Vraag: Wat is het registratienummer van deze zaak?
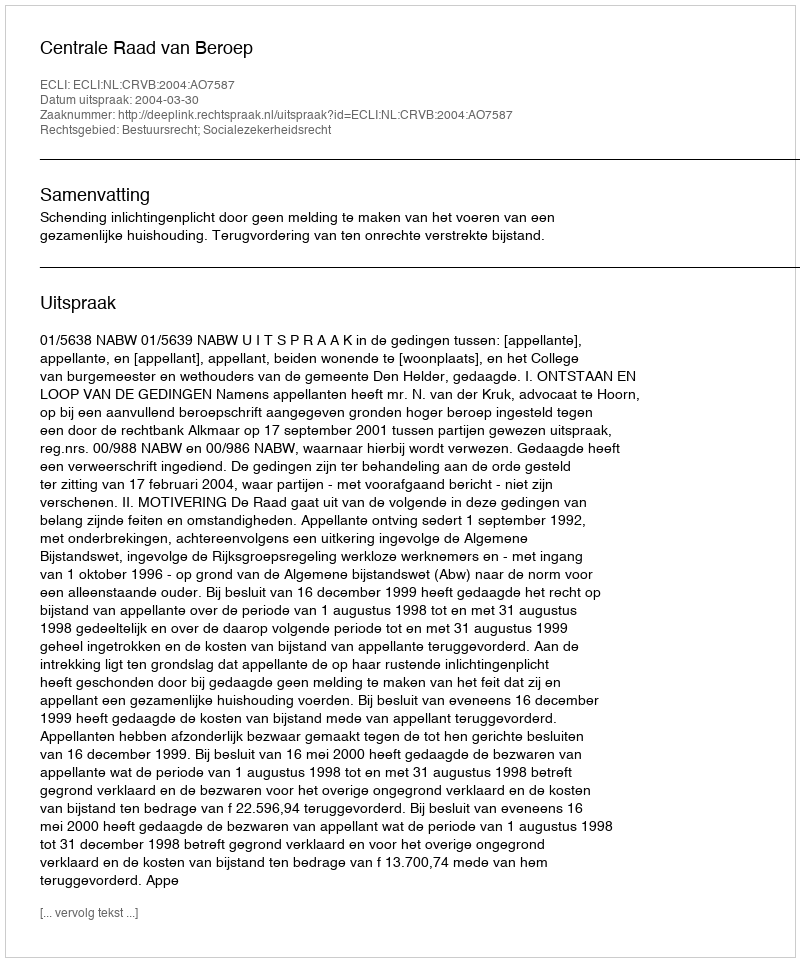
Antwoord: http://deeplink.rechtspraak.nl/uitspraak?id=ECLI:NL:CRVB:2004:AO7587